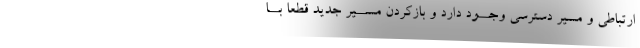
ارتباطی و مسیر دسترسی وجــود دارد و بازکردن مســیر جدید قطعا بــا